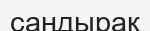
саңдырақ